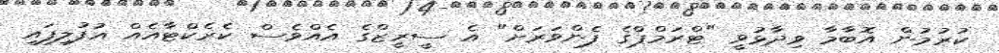
ކުރުމުން އޮބާމާ ވިދާޅުވީ "ޓްރަމްޕްގެ ފެންވަރަށް" އެ ސީރީޒްގެ އެއްވެސް ކެރެކްޓާއެއް އުފުލިފައި